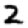
Digit: 2